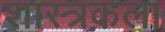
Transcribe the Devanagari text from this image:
शास्त्रकला